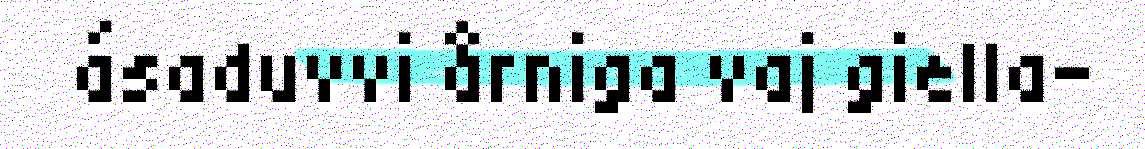
ásaduvvi årniga vaj giella-